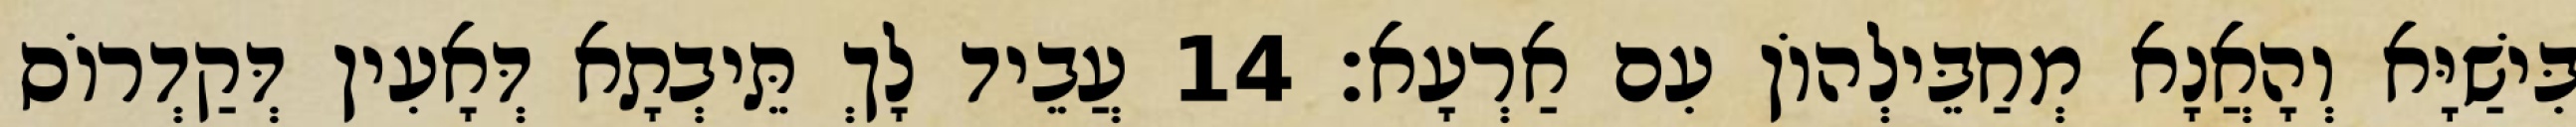
בִּישַׁיָּא וְהָאֲנָא מְחַבֵּילְהוֹן עִם אַרְעָא׃ 14 עֲבֵיד לָךְ תֵּיבְתָא דְּאָעִין דְּקַדְרוֹס